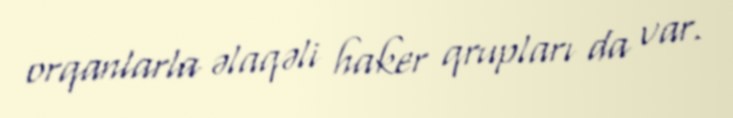
orqanlarla əlaqəli haker qrupları da var.